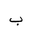
Letter: _ba